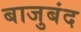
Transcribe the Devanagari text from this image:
बाजुबंद